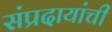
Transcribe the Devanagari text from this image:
संप्रदायांची